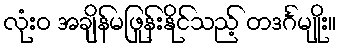
လုံးဝ အချိန်မဖြုန်းနိုင်သည့် တဒင်္ဂမျိုး။